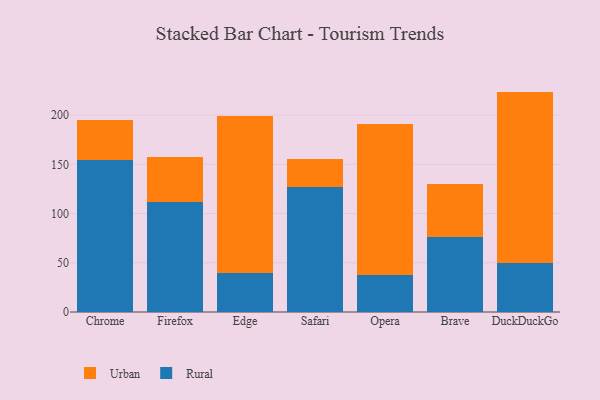
{"axis": {"x": "Browser", "y": "Backlog"}, "legend": ["Rural", "Urban"], "data": [{"x": "Chrome", "y": 154.3, "type": "Rural"}, {"x": "Chrome", "y": 41.1, "type": "Urban"}, {"x": "Firefox", "y": 112.2, "type": "Rural"}, {"x": "Firefox", "y": 45.0, "type": "Urban"}, {"x": "Edge", "y": 39.9, "type": "Rural"}, {"x": "Edge", "y": 159.4, "type": "Urban"}, {"x": "Safari", "y": 126.8, "type": "Rural"}, {"x": "Safari", "y": 29.0, "type": "Urban"}, {"x": "Opera", "y": 37.3, "type": "Rural"}, {"x": "Opera", "y": 154.1, "type": "Urban"}, {"x": "Brave", "y": 76.6, "type": "Rural"}, {"x": "Brave", "y": 53.1, "type": "Urban"}, {"x": "DuckDuckGo", "y": 49.9, "type": "Rural"}, {"x": "DuckDuckGo", "y": 174.0, "type": "Urban"}]}